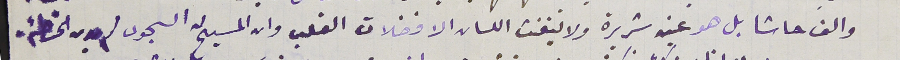
والف حاشا بل هو عين شريرة ولا ينفث اللسان الا فضلات القلب وان المسيح له السجود لم يدن الخطئه،